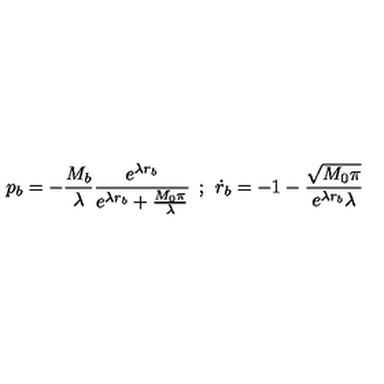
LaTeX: p _ { b } = - \frac { M _ { b } } { \lambda } \frac { e ^ { \lambda r _ { b } } } { e ^ { \lambda r _ { b } } + \frac { M _ { 0 } \pi } { \lambda } } \: \: ; \: \: \dot { r } _ { b } = - 1 - \frac { \sqrt { M _ { 0 } \pi } } { e ^ { \lambda r _ { b } } \lambda }